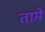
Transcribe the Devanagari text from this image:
तामे